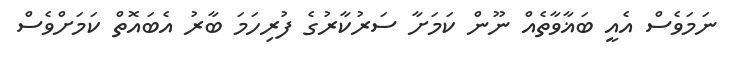
ނަމަވެސް އެއީ ބަޣާވާތެއް ނޫން ކަމަށާ ސަރުކާރުގެ ފުރިހަމަ ބާރު އެބައޮތް ކަމަށްވެސް